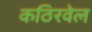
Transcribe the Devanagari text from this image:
कठिरवेल